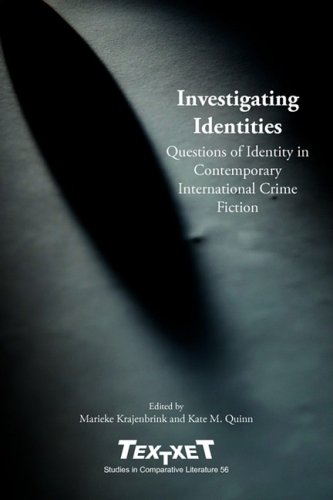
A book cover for Investigating Identities: Questions of Identity in Contemporary International Crime Fiction. (Textxet: Studies in Comparative Literature); Kate M. Quinn; Mystery, Thriller & Suspense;